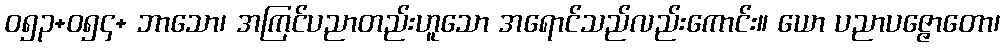
ဝ၅၃+၀၅၄+ ဘာသော၊ အကြင်ပညာတည်းဟူသော အရောင်သည်လည်းကောင်း။ ယော ပညာပဇ္ဇောတော၊